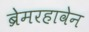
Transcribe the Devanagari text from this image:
ब्रेमरहावेन